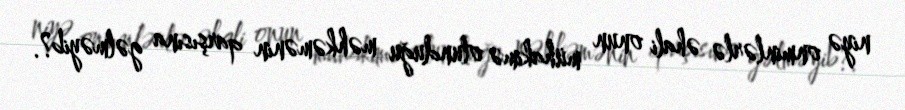
niyə onminlərlə əhali onun mühakimə olunduğu məhkəmənin qarşısına gəlməyib?.